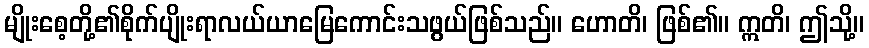
မျိုးစေ့တို့၏စိုက်ပျိုးရာလယ်ယာမြေကောင်းသဖွယ်ဖြစ်သည်။ ဟောတိ၊ ဖြစ်၏။ ဣတိ၊ ဤသို့။